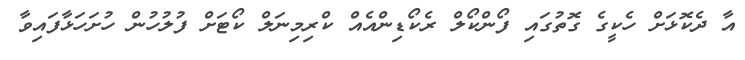
އާ ދެކޮޅަށް ހެކީގެ ގޮތުގައި ފޯންކޯލް ރެކޯޑިންއެއް ކްރިމިނަލް ކޯޓަށް ފުލުހުން ހުށަހަޅާފައިވާ